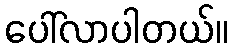
ပေါ်လာပါတယ်။